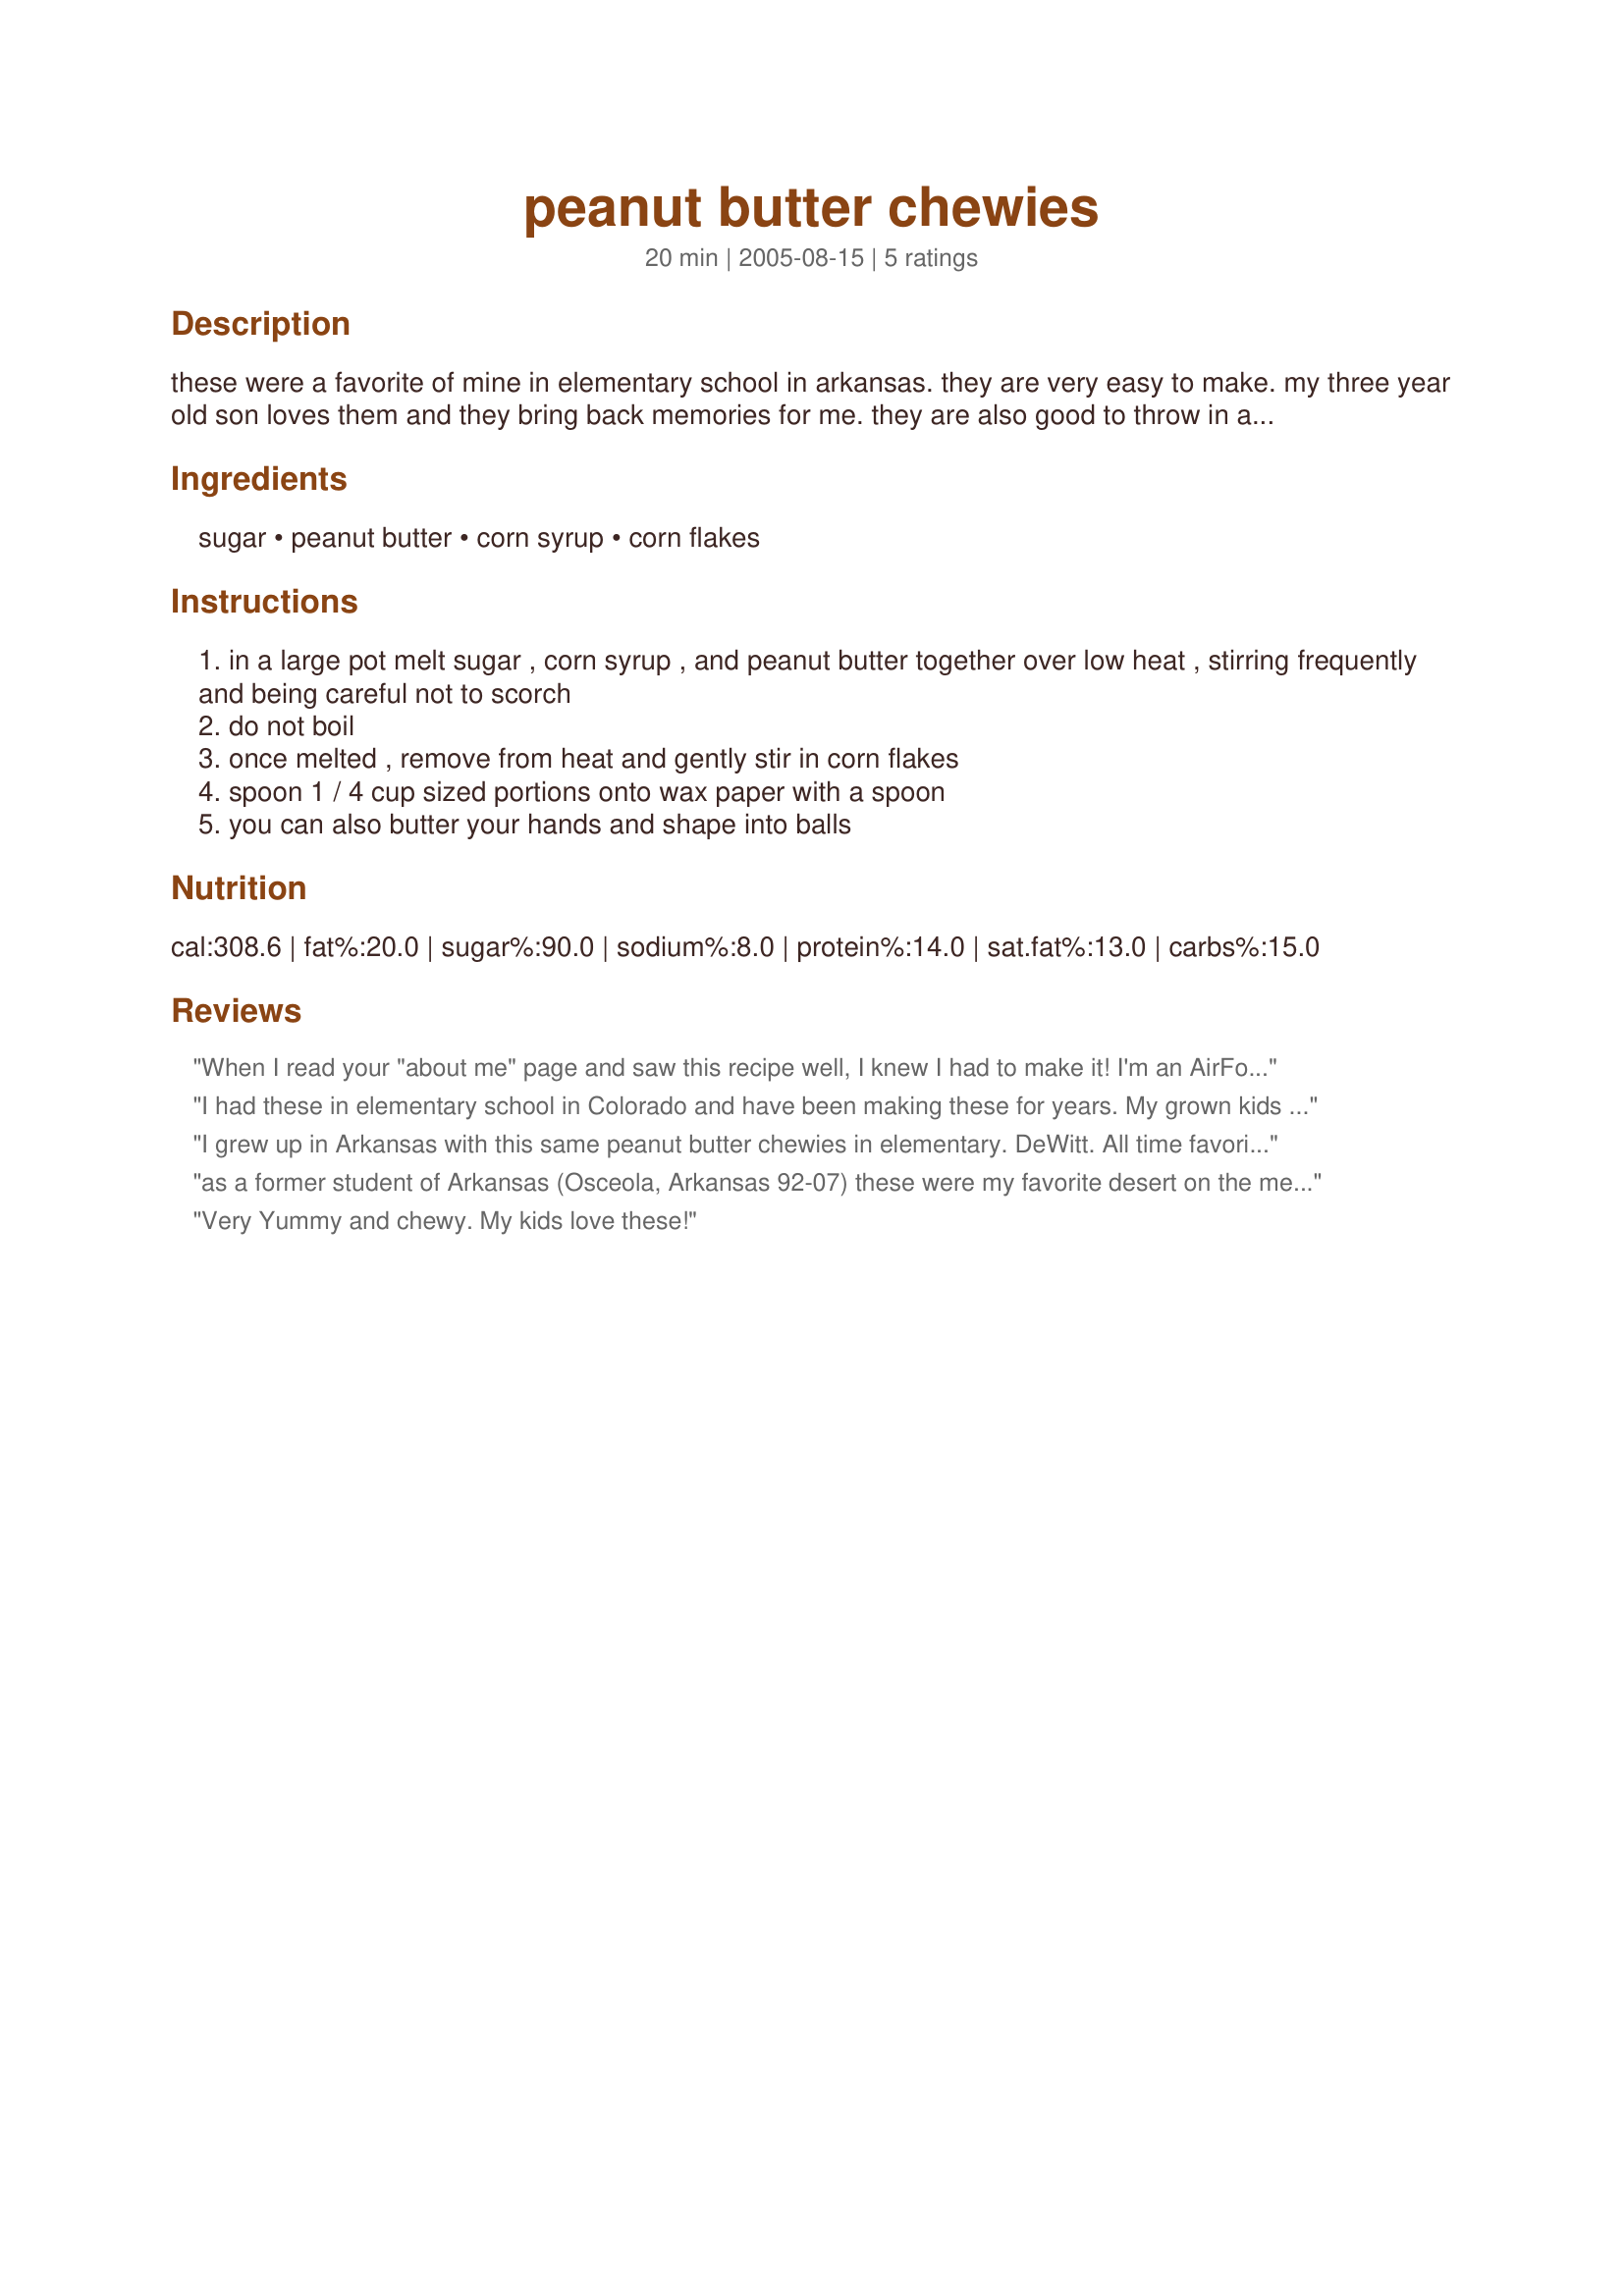
peanut butter chewies
Preparation time: 20 minutes

these were a favorite of mine in elementary school in arkansas. they are very easy to make. my three year old son loves them and they bring back memories for me. they are also good to throw in a zip bag for travel.

Ingredients:
sugar, peanut butter, corn syrup, corn flakes

Steps:
in a large pot melt sugar , corn syrup , and peanut butter together over low heat , stirring frequently and being careful not to scorch
do not boil
once melted , remove from heat and gently stir in corn flakes
spoon 1 / 4 cup sized portions onto wax paper with a spoon
you can also butter your hands and shape into balls

Reviews:
When I read your "about me" page and saw this recipe well, I knew I had to make it! I'm an AirForce wife transplanted to AR from the East Coast and this is a recipe, posted by a military wife, who ate it growing up in AR. :) Had to try. The kids and I enjoyed them as a snack. I halved the recipe (because of the amount of corn flakes I had) and used splenda for the sugar in an attempt to bring the calories down a bit. Easy and tasty. Thanks!
I had these in elementary school in Colorado and have been making these for years. My grown kids still like to make and eat these chewy snacks.
I grew up in Arkansas with this same peanut butter chewies in elementary. DeWitt. All time favorite. I add a capful of vanilla flavoring and 1/2 stick of butter.. Yum yum
as a former student of Arkansas (Osceola, Arkansas 92-07) these were my favorite desert on the menu. i used to eat alot of these. i make these at home alot and once i found it at a 7-11 in Oklahoma City and it said a Arkansas school favorite snack.. and i say it is
Very Yummy and chewy. My kids love these!
